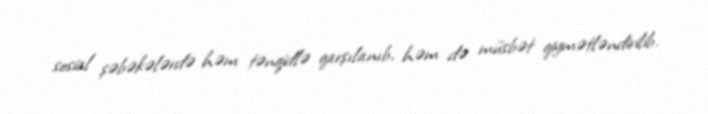
sosial şəbəkələrdə həm tənqidlə qarşılanıb, həm də müsbət qiymətləndirilib.